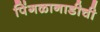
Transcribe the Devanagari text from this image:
पिंगळानाडीची